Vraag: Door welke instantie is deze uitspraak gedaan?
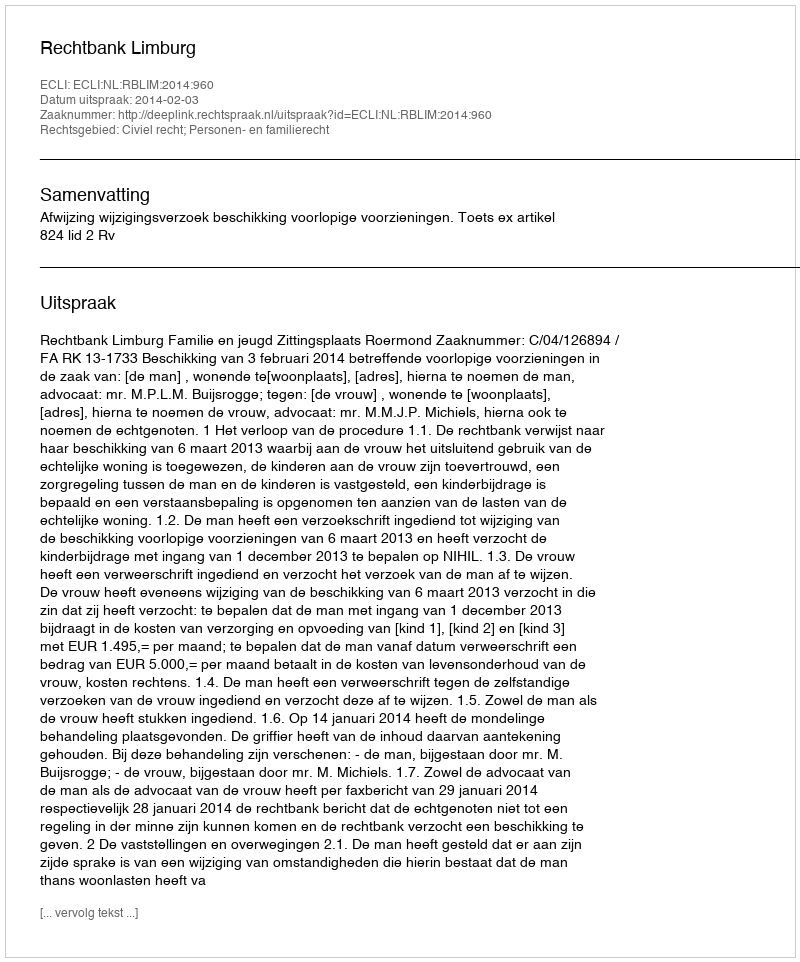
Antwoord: Rechtbank Limburg